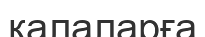
қалаларға